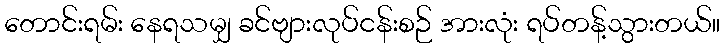
တောင်းရမ်း နေရသမျှ ခင်ဗျားလုပ်ငန်းစဉ် အားလုံး ရပ်တန့်သွားတယ်။